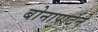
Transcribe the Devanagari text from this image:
बोनापार्टने